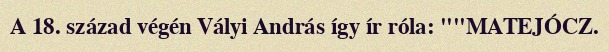
A 18. század végén Vályi András így ír róla: ""MATEJÓCZ.